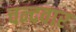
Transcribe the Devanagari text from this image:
चन्दवार